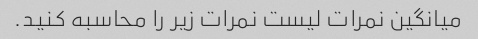
میانگین نمرات لیست نمرات زیر را محاسبه کنید.